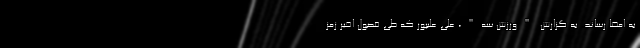
به امضا رساند. به گزارش "ورزش سه"، علی علیپور که طی فصول اخیر زمز